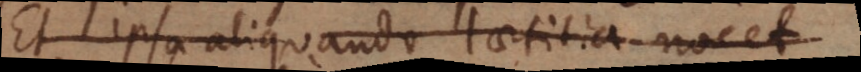
Et ipsa aliquando laetitia nocet.